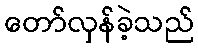
တော်လှန်ခဲ့သည်